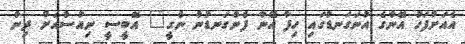
އެއަށްފަހު އޭނާގެ އުނަގަނޑުގައި ހިފާ އޭނާ ފެންގަނޑުން ނެގީ" އޭބީސީ ނިއުސްއަށް ދިން